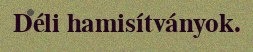
Déli hamisítványok.